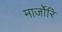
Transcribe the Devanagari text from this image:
मार्जोरि